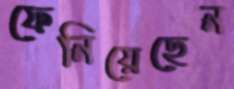
ফেনিয়েছেন